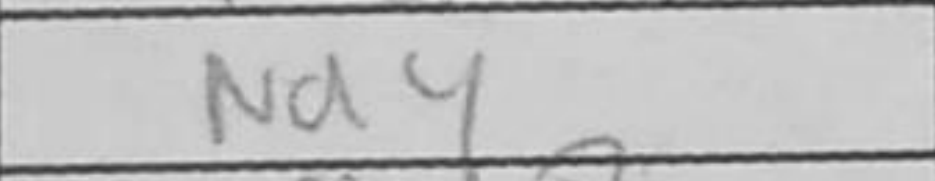
Transcription: Na4